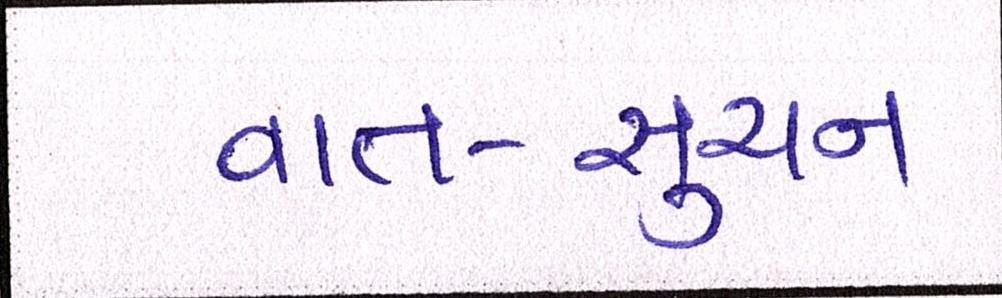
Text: વાત-સુચન